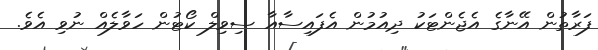
ފަރާތުން އޭނާގެ އެޖެންޓަކު ދިއުމުން އެފައިސާއާ ސިވިލް ކޯޓުން ހަވާލެއް ނުވި އެވެ.